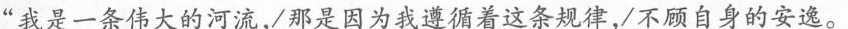
”我是一条伟大的河流，那是因为我遵循着这条规律，不顾自身的安逸。